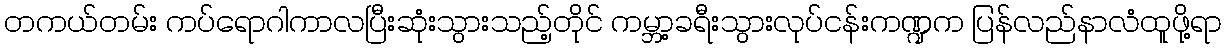
တကယ်တမ်း ကပ်ရောဂါကာလပြီးဆုံးသွားသည့်တိုင် ကမ္ဘာ့ခရီးသွားလုပ်ငန်းကဏ္ဍက ပြန်လည်နာလံထူဖို့ရာ